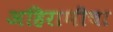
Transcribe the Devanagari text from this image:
अहिराणीचा